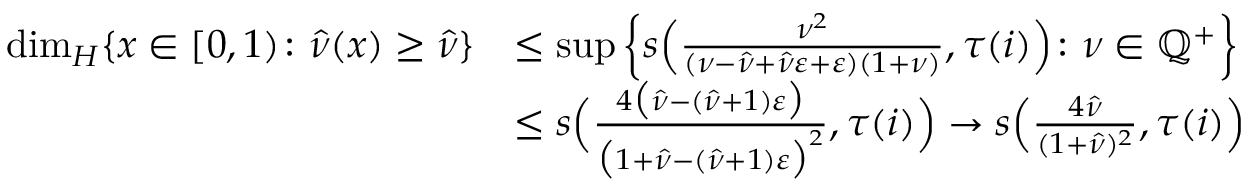
\begin{array} { r l } { \dim _ { H } \{ x \in [ 0 , 1 ) \colon \hat { \nu } ( x ) \ge \hat { \nu } \} } & { \leq \operatorname* { s u p } \left\{ s \Big ( \frac { \nu ^ { 2 } } { ( \nu - \hat { \nu } + \hat { \nu } \varepsilon + \varepsilon ) ( 1 + \nu ) } , { \tau ( i ) } \Big ) \colon \nu \in \mathbb { Q } ^ { + } \right\} } \\ & { \leq s \Big ( \frac { 4 \big ( \hat { \nu } - ( \hat { \nu } + 1 ) \varepsilon \big ) } { \big ( 1 + \hat { \nu } - ( \hat { \nu } + 1 ) \varepsilon \big ) ^ { 2 } } , { \tau ( i ) } \Big ) \rightarrow s \Big ( \frac { 4 \hat { \nu } } { ( 1 + \hat { \nu } ) ^ { 2 } } , { \tau ( i ) } \Big ) } \end{array}